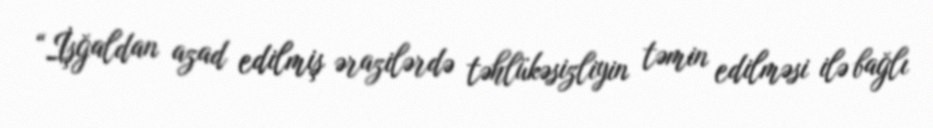
“İşğaldan azad edilmiş ərazilərdə təhlükəsizliyin təmin edilməsi ilə bağlı